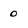
Character: 0